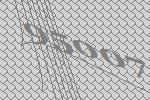
95007